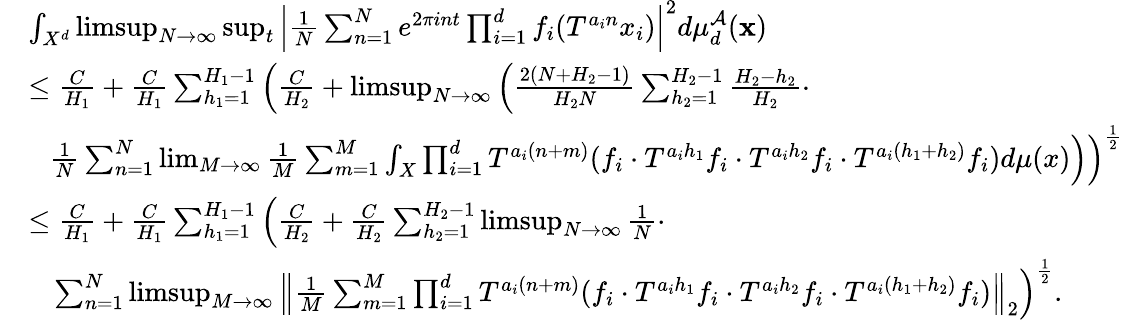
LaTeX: \begin{array}{rl}&{\int_{X^{d}}\operatorname*{limsup}_{N\rightarrow\infty}\operatorname*{sup}_{t}\Big|\frac{1}{N}\sum_{n=1}^{N}e^{2\pi int}\prod_{i=1}^{d}f_{i}(T^{a_{i}n}x_{i})\Big|^{2}d\mu_{d}^{\mathcal{A}}(\textbf{x})}\\ &{\le\frac{C}{H_{1}}+\frac{C}{H_{1}}\sum_{h_{1}=1}^{H_{1}-1}\Big(\frac{C}{H_{2}}+\operatorname*{limsup}_{N\rightarrow\infty}\Big(\frac{2(N+H_{2}-1)}{H_{2}N}\sum_{h_{2}=1}^{H_{2}-1}\frac{H_{2}-h_{2}}{H_{2}}\cdot}\\ &{\ \ \ \frac{1}{N}\sum_{n=1}^{N}\operatorname*{lim}_{M\rightarrow\infty}\frac{1}{M}\sum_{m=1}^{M}\int_{X}\prod_{i=1}^{d}T^{a_{i}(n+m)}(f_{i}\cdot T^{a_{i}h_{1}}f_{i}\cdot T^{a_{i}h_{2}}f_{i}\cdot T^{a_{i}(h_{1}+h_{2})}f_{i})d\mu(x)\Big)\Big)^{\frac{1}{2}}}\\ &{\le\frac{C}{H_{1}}+\frac{C}{H_{1}}\sum_{h_{1}=1}^{H_{1}-1}\Big(\frac{C}{H_{2}}+\frac{C}{H_{2}}\sum_{h_{2}=1}^{H_{2}-1}\operatorname*{limsup}_{N\rightarrow\infty}\frac{1}{N}\cdot}\\ &{\ \ \ \sum_{n=1}^{N}\operatorname*{limsup}_{M\rightarrow\infty}\left\Vert\frac{1}{M}\sum_{m=1}^{M}\prod_{i=1}^{d}T^{a_{i}(n+m)}(f_{i}\cdot T^{a_{i}h_{1}}f_{i}\cdot T^{a_{i}h_{2}}f_{i}\cdot T^{a_{i}(h_{1}+h_{2})}f_{i})\right\Vert_{2}\Big)^{\frac{1}{2}}.}\end{array}